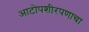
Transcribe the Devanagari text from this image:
आटोपशीरपणाचा